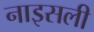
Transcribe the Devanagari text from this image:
नाइसली